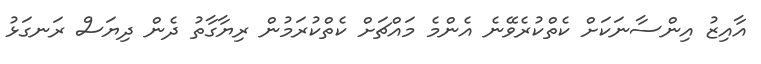
އާއިޒު އިންސާނަކަށް ކެތްކުރެވޭނެ އެންމެ މައްޗަށް ކެތްކުރަމުން ރިޔާގާތު ދެން ދިޔަސް ރަނގަޅު